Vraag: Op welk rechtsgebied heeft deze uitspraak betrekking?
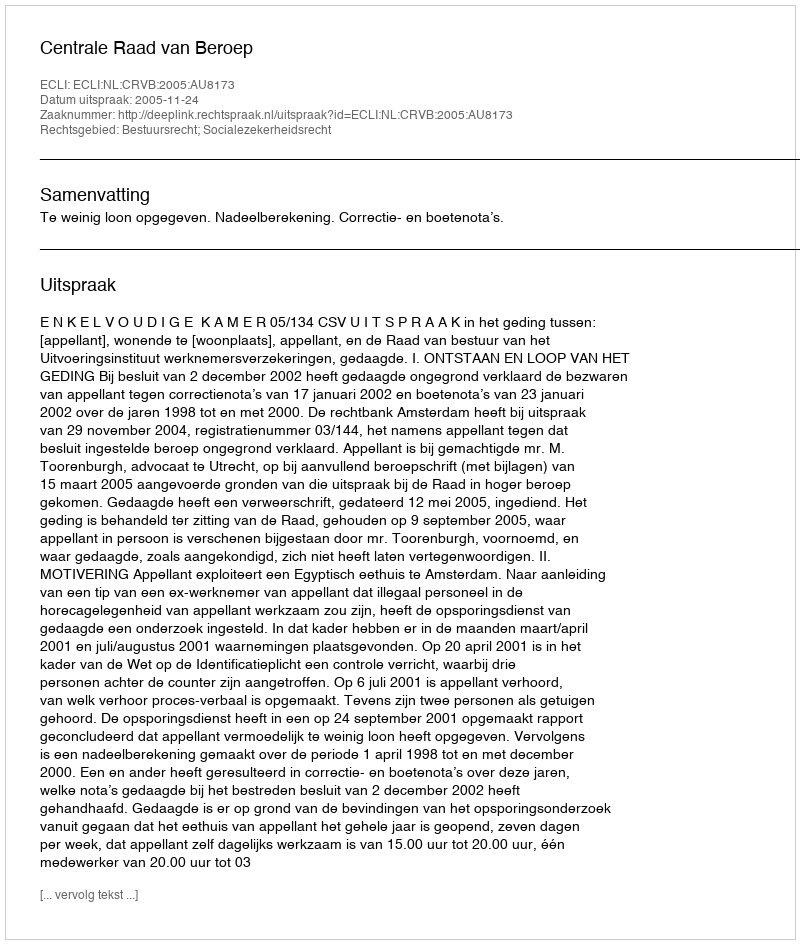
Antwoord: Bestuursrecht; Socialezekerheidsrecht